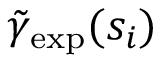
\tilde { \gamma } _ { \mathrm { e x p } } ( s _ { i } )